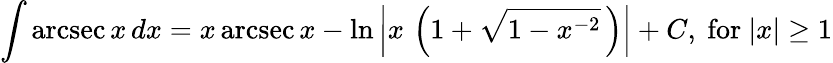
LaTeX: \int\operatorname{arcsec}{x}\, dx=x\operatorname{arcsec}{x}-\ln\left\vert x\, \left(1+{\sqrt{1-x^{-2}}}\, \right)\right\vert+C,{\mathrm{~for~}}\vert x\vert\geq 1